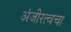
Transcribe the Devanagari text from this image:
अंजीरत्वचा